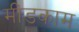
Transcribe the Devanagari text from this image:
मींडकाम